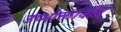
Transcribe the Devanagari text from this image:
उप्भोक्तावाद